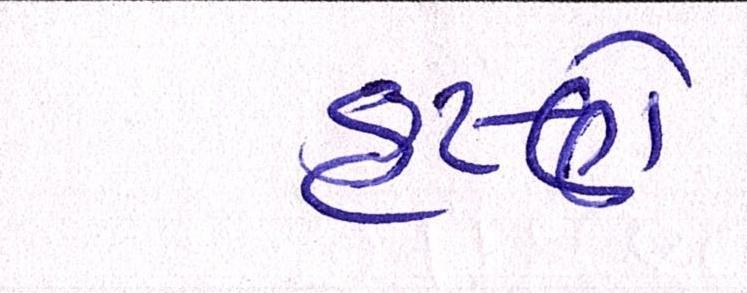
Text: કૃષ્ણે